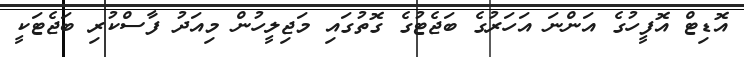
އޮޑިޓް އޮފީހުގެ އަންނަ އަހަރުގެ ބަޖެޓުގެ ގޮތުގައި މަޖިލީހުން މިއަދު ފާސްކުރި ބަޖެޓަކީ